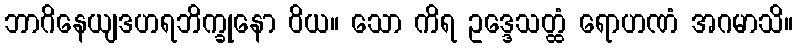
ဘာဂိနေယျဒဟရဘိက္ခုနော ဝိယ။ သော ကိရ ဥဒ္ဒေသတ္ထံ ရောဟဏံ အဂမာသိ။